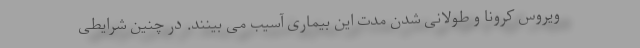
ویروس کرونا و طولانی شدن مدت این بیماری آسیب می بینند. در چنین شرایطی